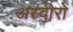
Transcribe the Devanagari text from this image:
अस्वीरों